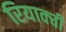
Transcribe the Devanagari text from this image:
रियाक्ची